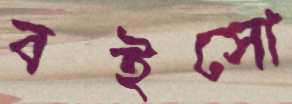
বইসো